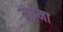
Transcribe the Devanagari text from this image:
मुत्तेमा